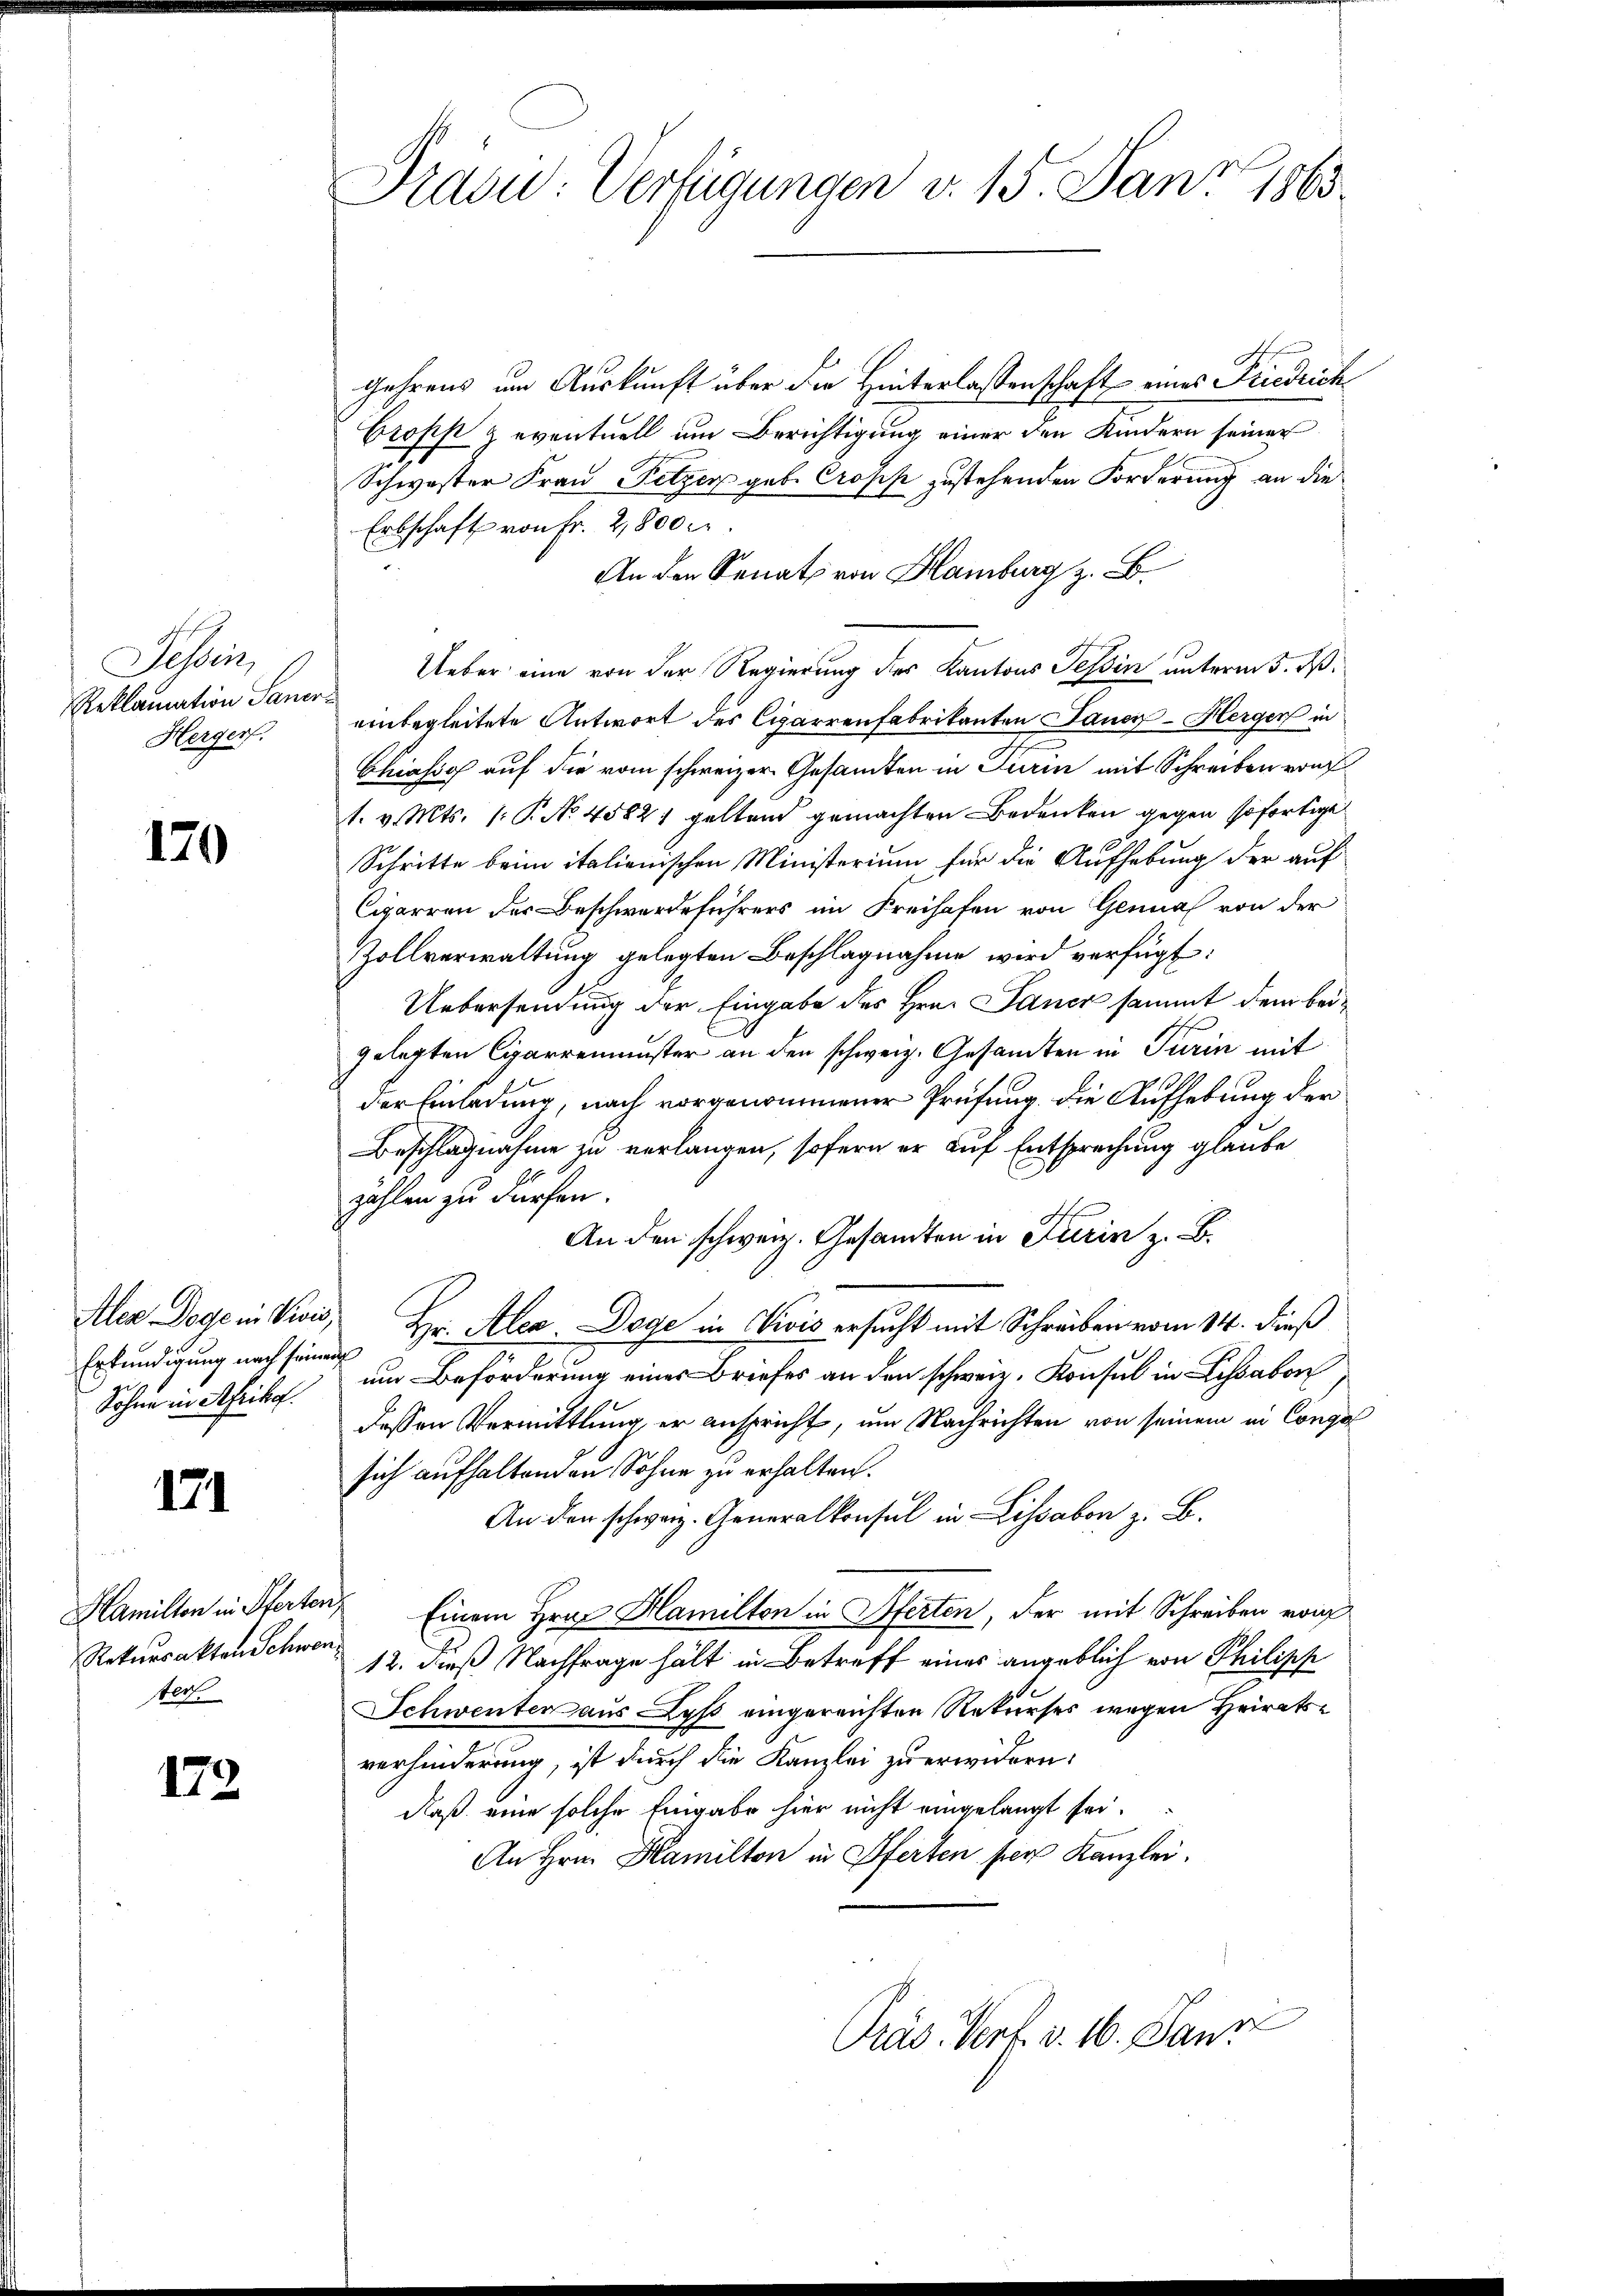
Tessin,
Reklamation Saner¬
Herger.

170

Erkundigung nach seinen
Sohne in Afrika.

171

Rekursakten Schwenster.

172

gehrens um Auskunft über die Hinterlassenschaft eines Friedrich
Crops & eventuell um Berichtigung einer den Kindern seiner
Schwester Frau Pitzer geb. Crosis zustehenden Forderung an die
Erbschaft von Fr. 2800
An den Senats von Hamburg z. B.
Ueber eine von der Regierung des Kantons Tessin unterm 5. dß.
einbegleitete Antwort des Cigarrenfabrikanten Jauci-Herger in
Chähig auf die vom schweizer Gesamten in Turin mit Schreiben von
1. v. Mts. 1. P. No 45821 geltend gemachten Bedenken gegen sofortige
Schritte beim italienischen Ministerium für die Aufhebung der auf
Cigarren der Beschwerdeführers im Freihafen von Genua von der
Zollverwaltung gelegten Beschlagnahme wird verfügt:
Uebersendung der Eingabe des Hrn. Janer sammt dem beigelegten Cigarremuster an den schweiz. Gesamten in Turin mit
der Einladung, nach vorgenommener Prüfung, die Aufhebung der
Beschlagnahme zu verlangen, sofern er auf Entsprechung glaube
zahlen zu dürfen.
An den schweiz. Gesandten in Turin z. B.
Aler Doge in Viois, Hr. Alex Dege in Vivis ersucht mit Schreiben vom 14. dieß
um Beförderung eines Briefes an den schweiz. Konsul in Lissabon
dessen Vermittlung, er anspricht, um Nachrichten von seinem in Congol
sich aufhaltenden Sohne zu erhalten.
An den schweiz. Generalkonsul in Lissabon z. B.
Hamillen in Pferten Einem Hrn. Hamilton in Pferten, der mit Schreiben von
12. dieß Nachfrage hält in Betreff eines angeblich von Philipp
Schwenten aus Lyß eingereichten Rekurses wegen Heiratsverhinderung, ist durch die Kanzlei zu erwidern.
daß eine solche Eingabe hier nicht eingelangt sei.
An Hrn. Kamilton in Pferten per Kanzlei.
2
Präs. Verf. v. 16. Janz

Praou: Verfügungen v. 15. Janz, 1863.